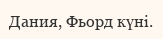
Дания, Фьорд күні.